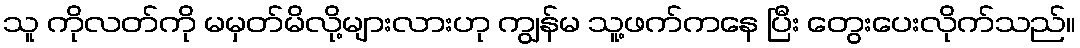
သူ ကိုလတ်ကို မမှတ်မိလို့များလားဟု ကျွန်မ သူ့ဖက်ကနေ ပြီး တွေးပေးလိုက်သည်။